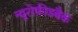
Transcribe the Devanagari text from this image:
न्यूरोफीडबैक